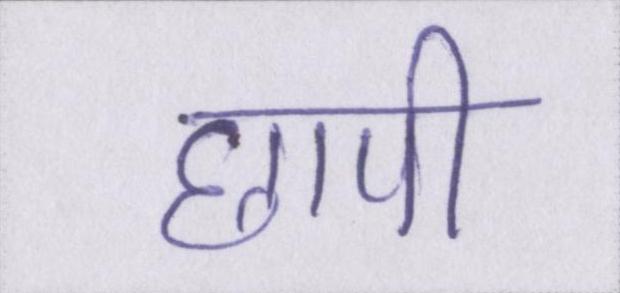
छापी